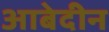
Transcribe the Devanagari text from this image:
आबेदीन